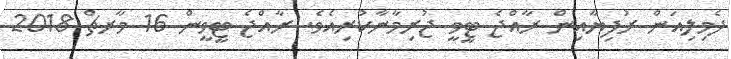
ދެމިލިއަން ރުފިޔާއިން ރާއްޖެ ޓީވީ ޖުރިމާނާކުރިއެވެ. ރާއްޖެ ޓީވީން 16 މާރޗް 2018